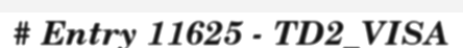
# Entry 11625 - TD2_VISA